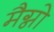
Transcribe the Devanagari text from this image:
मैग्नो